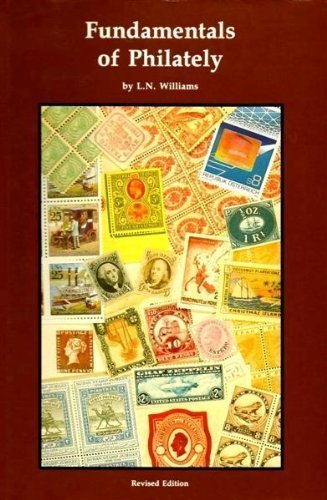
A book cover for Fundamentals of Philately; L.N. Williams; Crafts, Hobbies & Home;